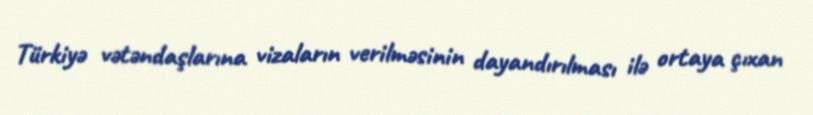
Türkiyə vətəndaşlarına vizaların verilməsinin dayandırılması ilə ortaya çıxan